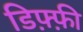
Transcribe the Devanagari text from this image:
डिफ़्फ़ी